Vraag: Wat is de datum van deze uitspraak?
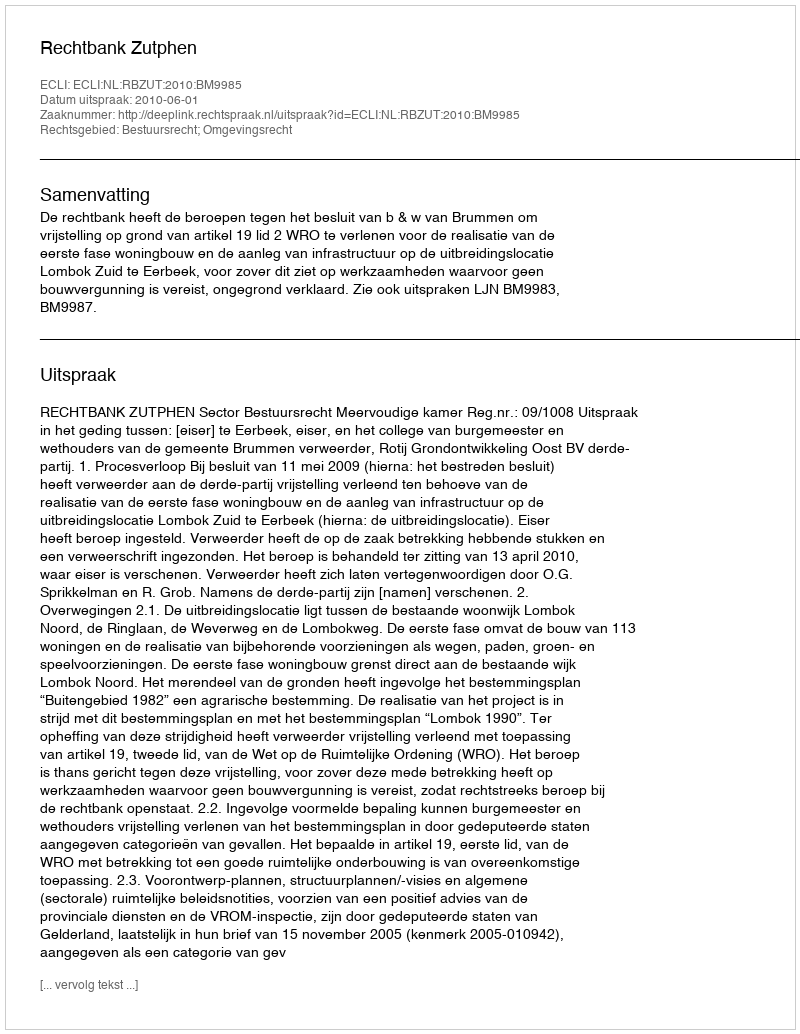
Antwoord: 2010-06-01